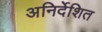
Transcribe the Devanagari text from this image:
अनिर्देशित